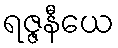
ရဇ္ဇနီယေ